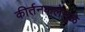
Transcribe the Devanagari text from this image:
कीर्तनकलेमुळे